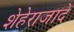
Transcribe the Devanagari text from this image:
शेहेराजादे